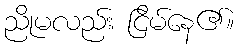
ညိုမလည်း ငြိမ်နေ၏။